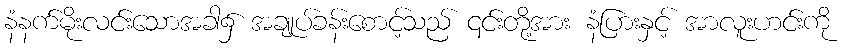
နံနက်မိုးလင်းသောအခါ၌ အချုပ်ခန်းစောင့်သည် ၎င်းတို့အား နံပြားနှင့် အာလူးဟင်းကို